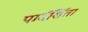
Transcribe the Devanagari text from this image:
पार्दर्शिता